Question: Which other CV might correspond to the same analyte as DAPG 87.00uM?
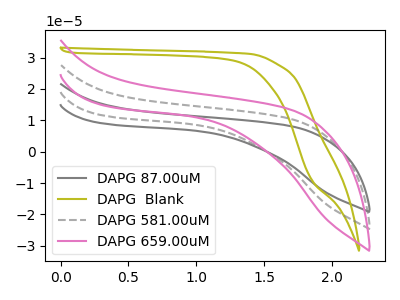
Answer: <think>The gray curve "DAPG 87.00uM" has no peaks. The olive curve "DAPG  Blank" has no peaks. The gray dashed curve "DAPG 581.00uM" has no peaks. The pink curve "DAPG 659.00uM" has no peaks.
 Neither "DAPG 87.00uM" or "DAPG  Blank" have any peaks. Neither "DAPG 87.00uM" or "DAPG 581.00uM" have any peaks. Neither "DAPG 87.00uM" or "DAPG 659.00uM" have any peaks. Neither "DAPG  Blank" or "DAPG 581.00uM" have any peaks. Neither "DAPG  Blank" or "DAPG 659.00uM" have any peaks. Neither "DAPG 581.00uM" or "DAPG 659.00uM" have any peaks.</think>
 <answer>"DAPG 87.00uM", "DAPG  Blank" and "DAPG 581.00uM" have a similar shape to "DAPG 659.00uM".</answer>
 <eval>"DAPG 87.00uM" "DAPG  Blank" "DAPG 581.00uM"</eval>